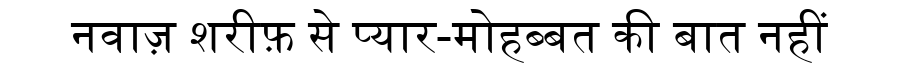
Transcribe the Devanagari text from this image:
नवाज़ शरीफ़ से प्यार-मोहब्बत की बात नहीं